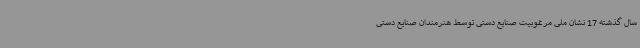
سال گذشته 17 نشان ملی مرغوبیت صنایع دستی توسط هنرمندان صنایع دستی